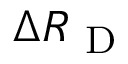
\Delta R _ { \mathrm { ~ D ~ } }